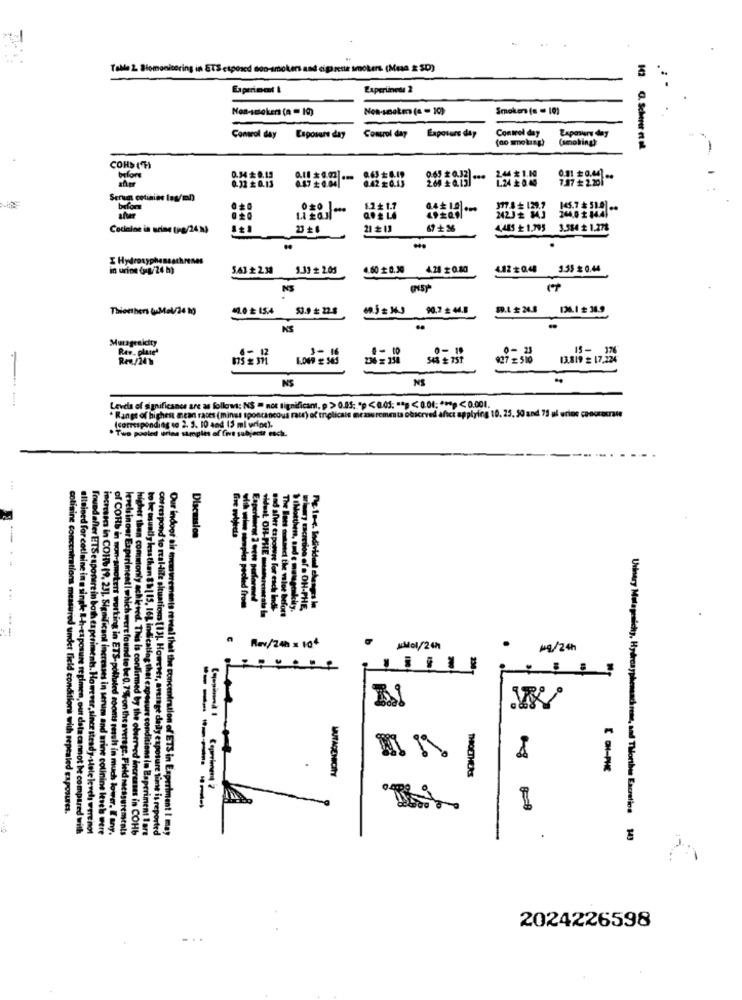
Tolle 2. Slomonitoring in ETS exposed non-smokers and cigarette smokers (Mesa & SD)
Experiment I
Experiiness 2
Non-smokers (a = 10)
Non-smakm (1 - 10)
Smokers (= = 10)
Control day
Control day
Control day
Enposure day
Exposure day
(smoking)
142 0. Scherer et of
CORS ("H)
0.34 # 0.19
before
@42 20.13
269 0.13]
0.65 #0.32) ...
1.44 $ 1.00
124 £ 0.40
7.97 + 2.201
0.32 £ 0.13
Serum cotinine las/ml)
1.2+1.7
377.4+ 129.7
244.0 + 14.4.
145.7 51.0 4.
afur
Codeine in urine tig/24 )
21 + 13
67 + 36
4,485 £ 1.795
3.584 + 1.278
I Hydroxyphensathrenes
in urine (g/24 h)
5.43 2.30
5.33 # 2.05
4.60 0.30
4.28 # 0.80
4.12 #0.48
3.35 # 0.44
NS
Thierthers (Mel/24 10
1.0 = 154
53.9 # 22.3
90.2 2 44.8
136.1 # 34.9
NS
Muragenicity
1- 16
15- 176
Rev. plate
236 = 138
927 = 510
13.819 # 17,224
NS
NE
--
Levels of significance are as follows: NS = not significant, p > 0.05: "p<0.05: *** < 0.01; *** p < 0.001.
emesta observed afici applying 10. 25. 50 and 75 ul arios concrecrate
* Range of highest mean races (minst spontaneous rate) of tolicale
. Two posled erine samples of five subjects esch.
(corresponding to 2. 3. 10 and 15 ml wrine).
...
of COHb
indoor
Discussion
--
a Rev/24h x 104
. MMol/24h
Mg/24h
ements reveal that th
Urinary Mutagenichy, Hydroay
4on the
MUTAGENICITY
THOETHERS
in much lower
editions with repealed Exposures.
----
t compared wit
Hete levels verei
rine cotinine lesels were
ogc. Field nsessurements
d increases in COHb
portré
miration of ETS in Experiment I may
, and Thorthen Excretion
wa in Baperiment Bare
2024226598